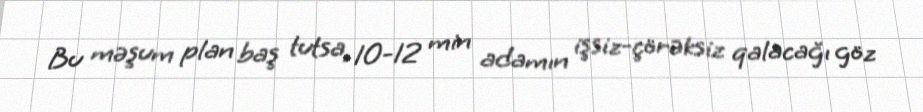
Bu məşum plan baş tutsa, 10-12 min adamın işsiz-çörəksiz qalacağı göz